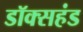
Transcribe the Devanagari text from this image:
डॉक्सहंड